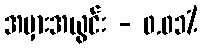
အမှားအယွင်း - ၀.၀၁%